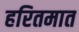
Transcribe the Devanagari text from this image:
हरितमात